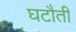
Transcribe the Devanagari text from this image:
घटौती